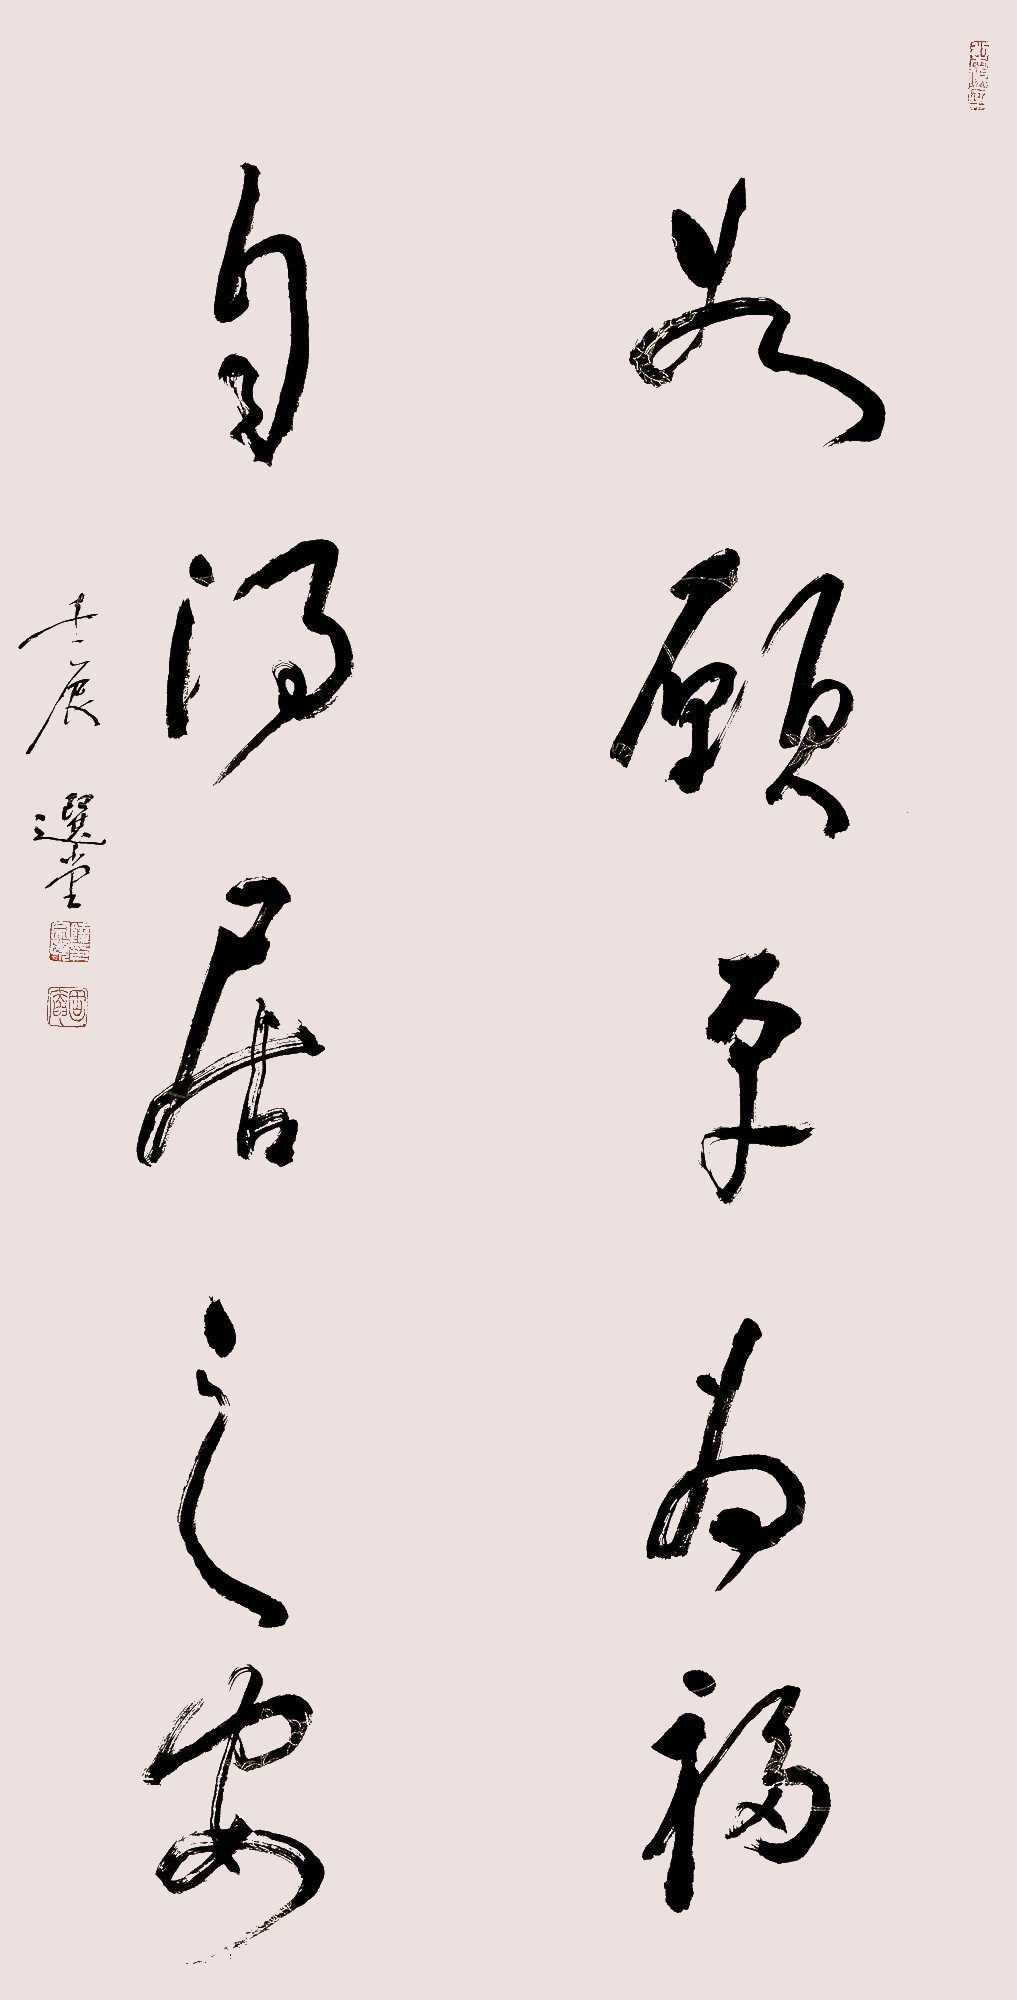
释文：如愿平为褔，自得居之安。壬辰，选堂。